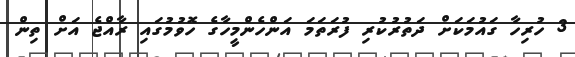
3 ހުރިހާ ގައުމަކަށް ދަތުރުކުރި ފުރަތަމަ އަންހެންމީހާގެ ހޮވުމުގައި ރާއްޖެ އަށް ތިން